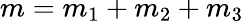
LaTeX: m=m_{1}+m_{2}+m_{3}